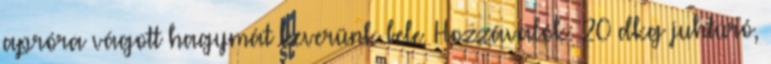
apróra vágott hagymát keverünk bele. Hozzávalók: 20 dkg juhtúró,